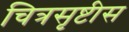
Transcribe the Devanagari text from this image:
चित्रसृष्टीस